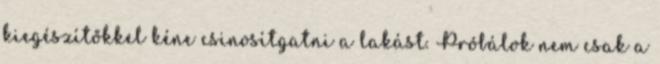
kiegészítőkkel kéne csinosítgatni a lakást. Próbálok nem csak a